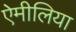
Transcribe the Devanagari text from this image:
ऐमीलिया